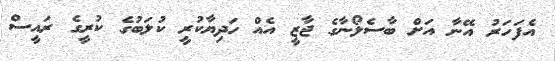
އެފަހަރު އޭނާ އަށް ބާސެލޯނާގެ ޖާޒީ އެއް ހަދިޔާކުރީ ކުލަބުގެ ކުރީގެ ރައީސް